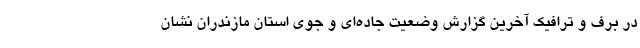
در برف و ترافیک آخرین گزارش وضعیت جاده‌ای و جوی استان مازندران نشان